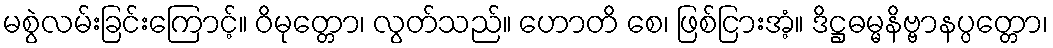
မစွဲလမ်းခြင်းကြောင့်။ ဝိမုတ္တော၊ လွတ်သည်။ ဟောတိ စေ၊ ဖြစ်ငြားအံ့။ ဒိဋ္ဌဓမ္မနိဗ္ဗာနပ္ပတ္တော၊